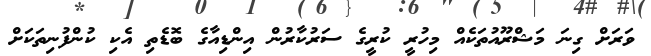
ވަރަށް ގިނަ މަޝްރޫއުތަކެއް މިހުރީ ކުރީގެ ސަރުކާރުން އިންޑިއާގެ ބޮޑެތި އެކި ކުންފުނިތަކަށް